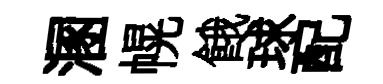
溷幌餓球配